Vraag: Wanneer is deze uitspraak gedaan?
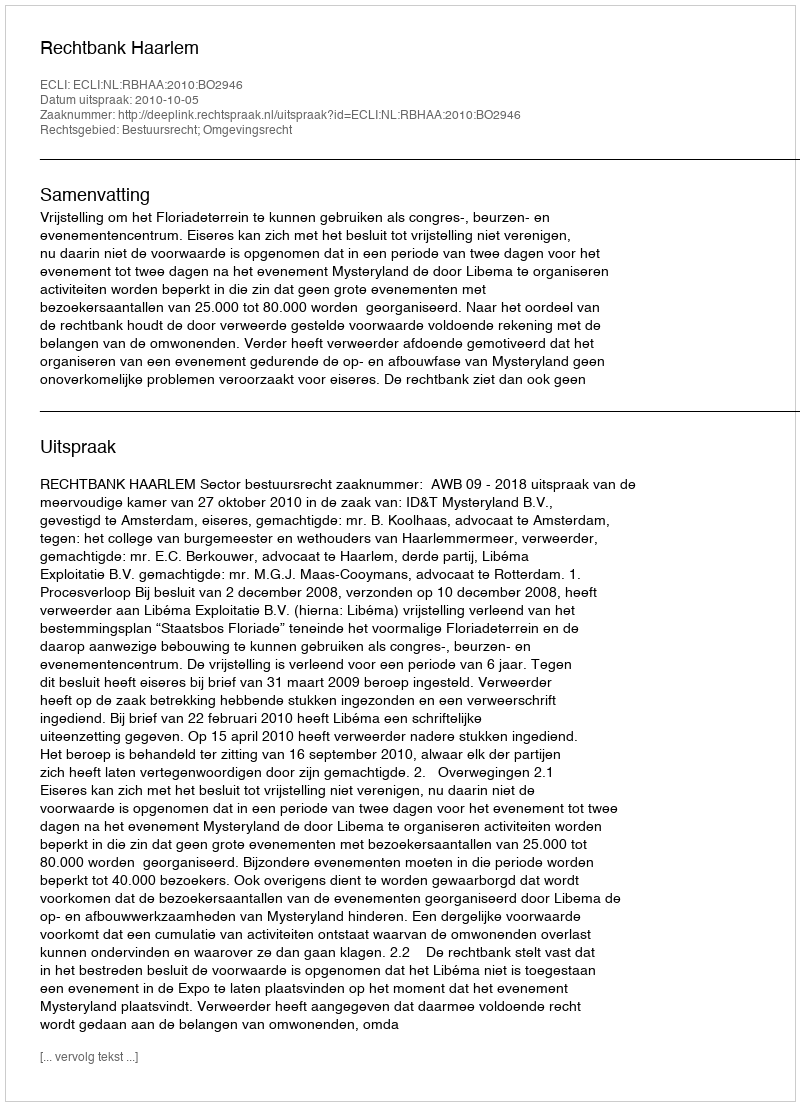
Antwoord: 2010-10-05